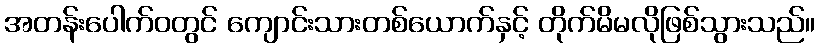
အတန်းပေါက်ဝတွင် ကျောင်းသားတစ်ယောက်နှင့် တိုက်မိမလိုဖြစ်သွားသည်။